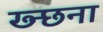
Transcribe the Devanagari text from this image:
ख्न्छना